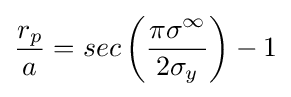
{\frac {r_{p}}{a}}=sec\left({\frac {\pi \sigma ^{\infty }}{2\sigma _{y}}}\right)-1